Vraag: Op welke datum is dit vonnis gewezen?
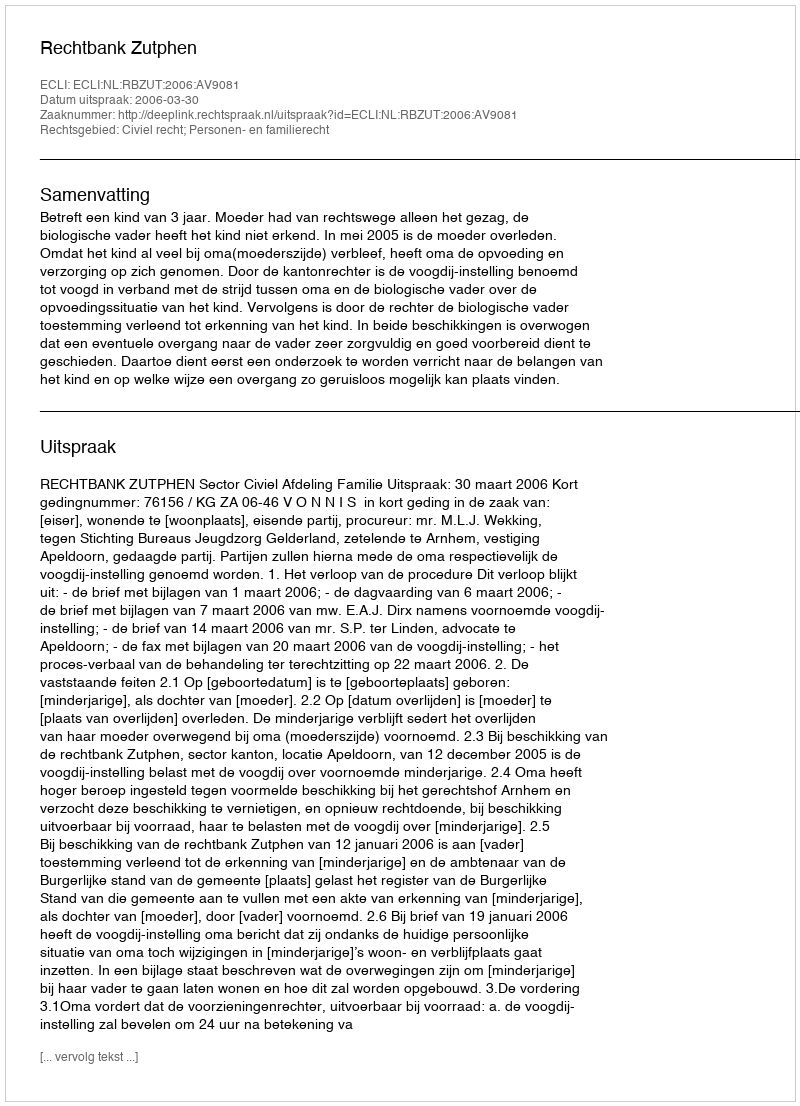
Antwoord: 2006-03-30